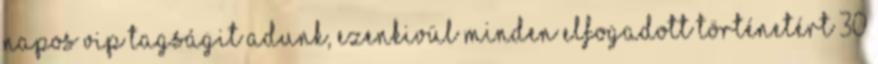
napos VIP tagságit adunk, ezenkivül minden elfogadott történetért 30